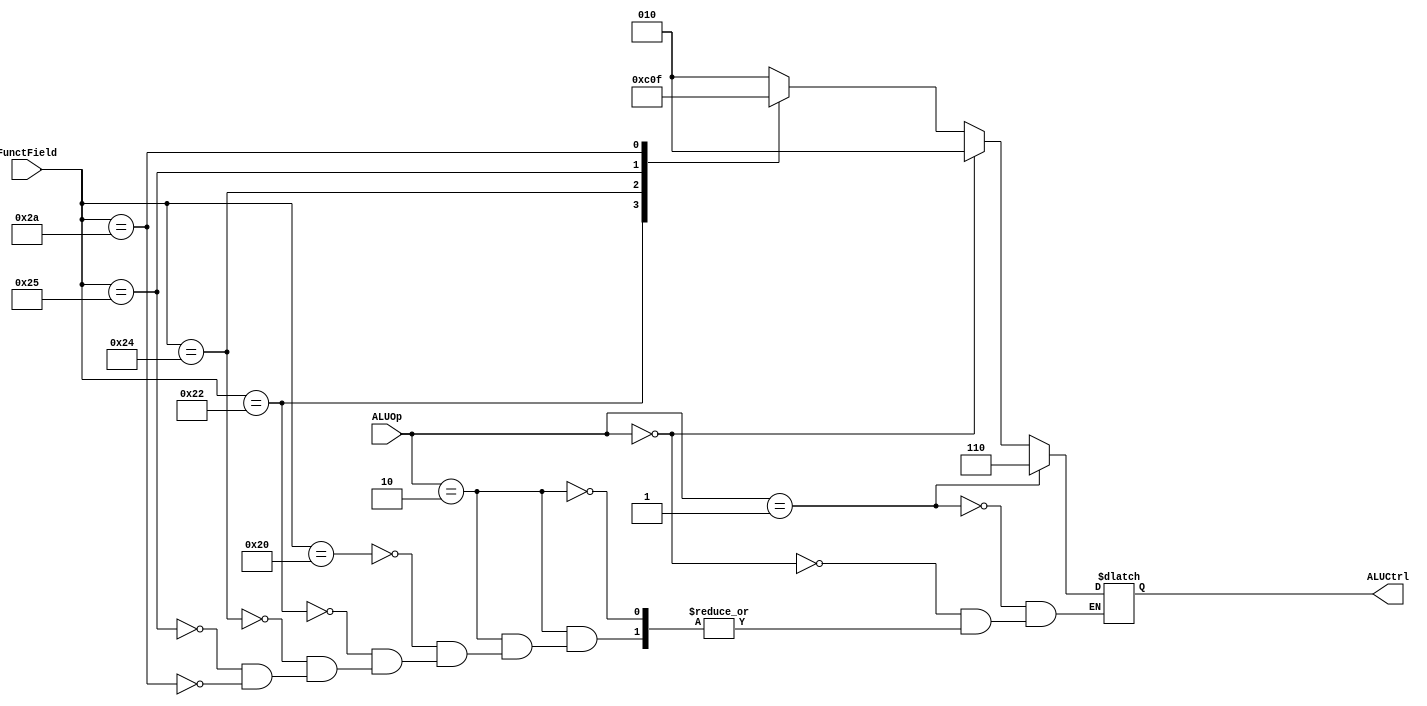
// https://github.com/alok-upadhyay/MIPS-in-Verilog/tree/master/SingleCycleDatapath
module ALU_Op(FunctField, ALUOp, ALUCtrl);
input [5:0]FunctField;
input [1:0]ALUOp;
output [2:0]ALUCtrl;
reg [2:0]ALUCtrl;

always@(FunctField or ALUOp)
begin
    if(ALUOp == 2'b10)      //'Arithmetic' Type Instructions - Apenas para instruoes do tipo R

    begin
      case(FunctField)        
      //begin
        6'b100000: ALUCtrl = 3'b010;    //ADDITION in 'R' Type
        6'b100010: ALUCtrl = 3'b110;    //SUBTRACTION in 'R' Type
        6'b100100: ALUCtrl = 3'b000;    //AND in 'R' Type
        6'b100101: ALUCtrl = 3'b001;    //OR in 'R' Type
        6'b101010: ALUCtrl = 3'b111;    //SLT in 'R' Type
     // end
    endcase
    end
    
    if(ALUOp == 2'b00)     // 'LW/SW' Type Instructions
    begin
        ALUCtrl = 3'b010;               //ADDITION irrespective of the FunctField.
    end
    
    if(ALUOp == 2'b01)    //   'BEQ', 'BNE' ,  Type Instructions
    begin
        ALUCtrl = 3'b110;               //SUBTRACTION irrespective of the FunctField.
    end  
	
    

    
end   //always block 

endmodule  //ALUOp module